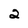
Character: 2